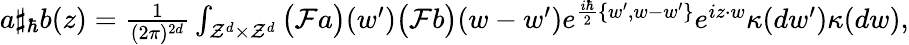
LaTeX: \begin{array}{r}{a\sharp_{\hbar}b(z)=\frac{1}{(2\pi)^{2d}}\int_{\mathcal{Z}^{d}\times\mathcal{Z}^{d}}\big(\mathcal{F}a\big)(w^{\prime})\big(\mathcal{F}b\big)(w-w^{\prime})e^{\frac{i\hbar}{2}\{ w^{\prime},w-w^{\prime}\} }e^{iz\cdot w}\kappa(dw^{\prime})\kappa(dw),}\end{array}